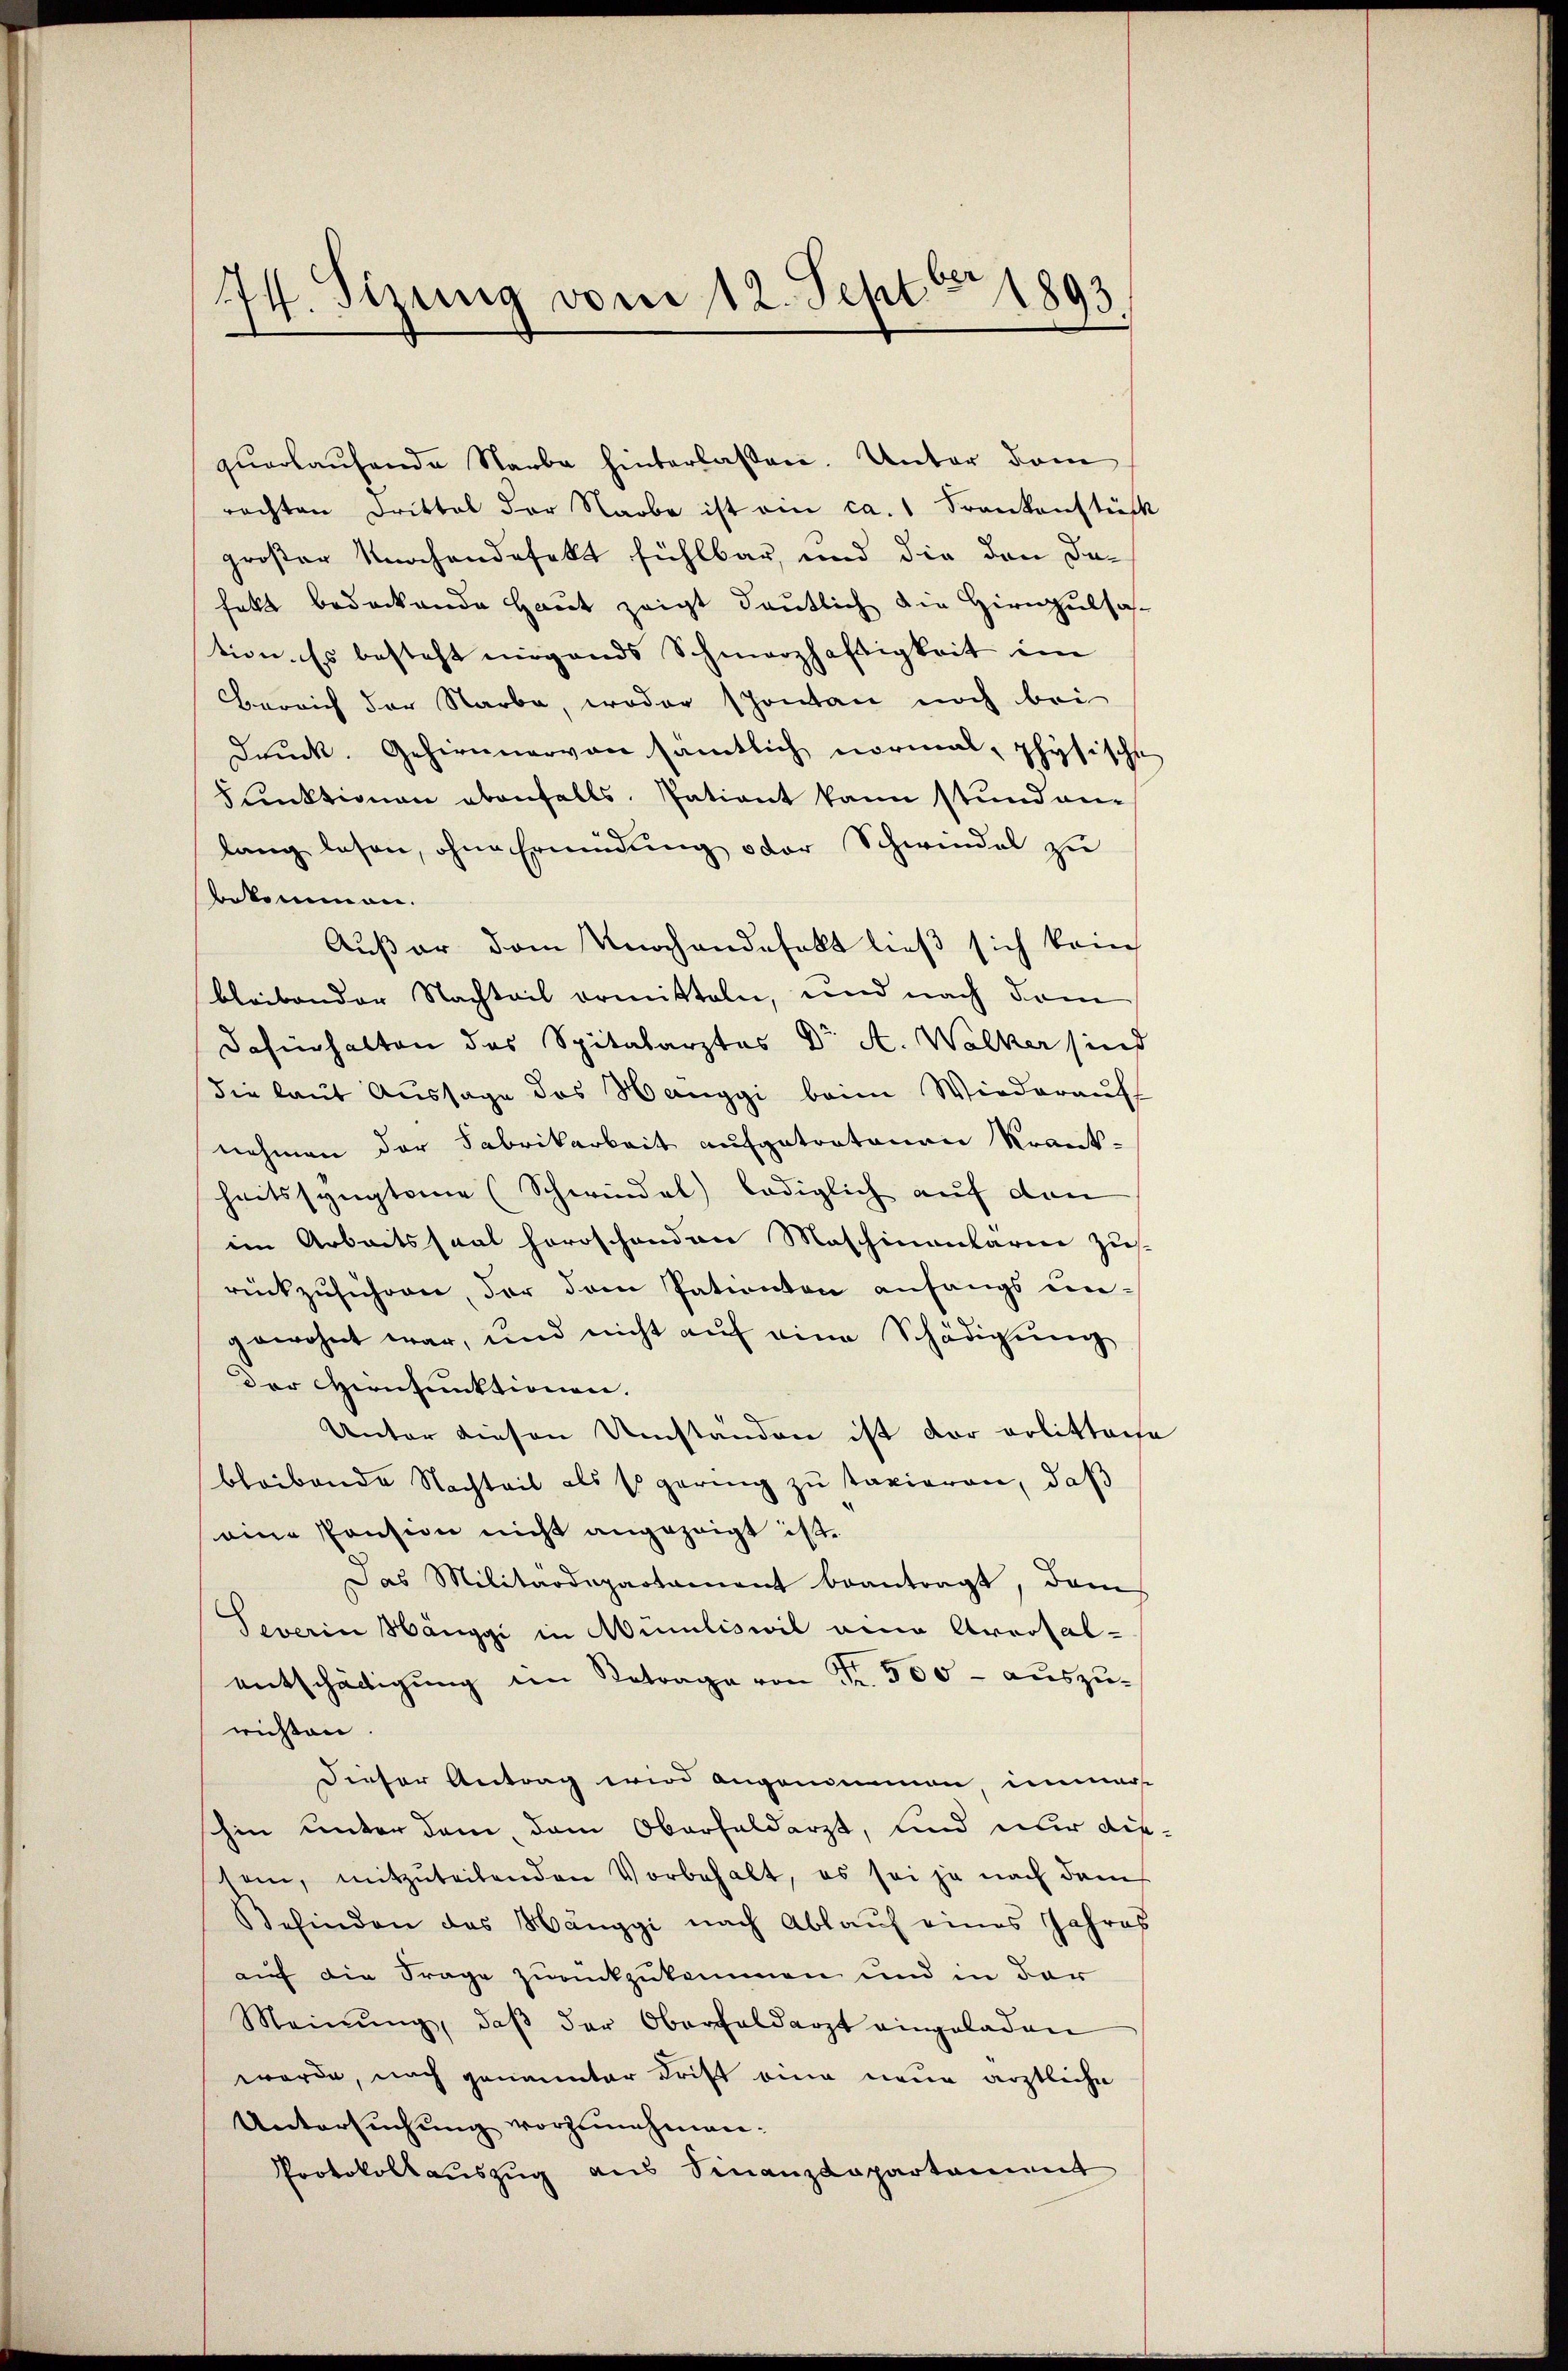
74. Sizung vom 12. Septbr 1893

quartausende Narbe hinterlassen. Unter dem
rachten Drittel der Narbe ist ein ca. Frankenstück
großer Knochendefekt fühlbar, und die den dahakt bedeckende Haut zeigt deutlich die Hirngutsation. Es besteht nirgends Schmerzhaftigkeit im
Bereich der Starbe, woder spontan noch bei
drŭck. Gehirnnarvon sämtlich normal, physische
Funktionen ebenfalls. Patient kann stund an-
lang lesen, ohne Ermüdung oder Schwindel zu
bekommen.
Außer dem Knochandesalt ließ sich kein
bleibender Nachteil ermitteln, und nach dem
Dafürhalten des Spitalarztes Dr A. Walker sind
die laut Aussage des Hanggi beim Wiederauf
nehmen der Fabrikarbeit aufgetratenen Krank-
heitssyngten (Schwindel lediglich auf den
im Arbeitssaat horoschenden Maschinanlärme zus
rückzusichen, der dem Patienten anfangs ungewohnt war, und nicht auf eine Schädigung
der Cernfunktionen.
Unter diesen Umständen ist der erlitteise
bleibende Nachteil als so gering zu taxieren, daß
eine Pension nicht angezeigt ist.
Das Militärdepartament beantragt, dam
Teverin Hänggi in Mumiliswil eine Arrosal-
u
entschädigung in Betrage von Fr. 500 - auszu-
wichten
Dieser Antrag eine angenommen, immer
hin unter dem, dem Oberfeldarzt, und nur dietem, mitzŭteilenden Vorbehalt, es sei ja nach dem
Befinden das Hänggi nach Ablauf eines Jahres
auf die Frage zurückzukommen und in der
Meinŭng, daβ der Oberfaldarzt eingeladen
wurde, nach genannter Krist eine neue ärztliche
Untersuchung vorzunehmen:
Protokollauszug aus Finanzdepartament